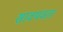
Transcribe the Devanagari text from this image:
सावयवता